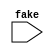
//
// Copyright (c) 2000 Stephen Williams (steve@icarus.com
//
//    This source code is free software; you can redistribute it
//    and/or modify it in source code form under the terms of the GNU
//    General Public License as published by the Free Software
//    Foundation; either version 2 of the License, or (at your option)
//    any later version.
//
//    This program is distributed in the hope that it will be useful,
//    but WITHOUT ANY WARRANTY; without even the implied warranty of
//    MERCHANTABILITY or FITNESS FOR A PARTICULAR PURPOSE.  See the
//    GNU General Public License for more details.
//
//    You should have received a copy of the GNU General Public License
//    along with this program; if not, write to the Free Software
//    Foundation, Inc., 59 Temple Place - Suite 330, Boston, MA 02111-1307, USA

/*
 * This test catches some rather tricky symbol binding issues.
 * Hierarchical binding gets tricky when tasks reach outside their
 * own scope to find things.
 */

module glob(fake);
   input fake;

   reg var1;
   reg var2;
endmodule // glob

module main;

   /* This task reaches into the U1 module instance to set some
      registers. This is tricky because task definitions are
      elaborated early, probably before the modules are elaborated. */

   task test;
      begin
	 U1.var1 = 1'b0;
	 U1.var2 = 1'b1;
      end
   endtask // test

   glob U1 (fake);

   initial begin
      test;
      if (U1.var1 !== 1'b0) begin
	 $display("FAILED -- globvar1 == %b", U1.var1);
	 $finish;
      end
      if (U1.var2 !== 1'b1) begin
	 $display("FAILED -- globvar2 == %b", U1.var2);
	 $finish;
      end

      $display("PASSED");
   end // initial begin

endmodule // main